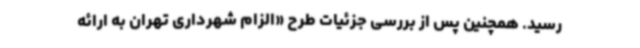
رسید. همچنین پس از بررسی جزئیات طرح «الزام شهرداری تهران به ارائه